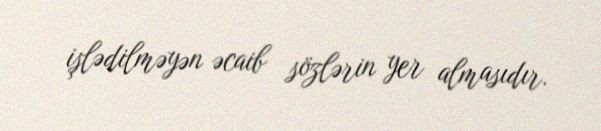
işlədilməyən əcaib sözlərin yer almasıdır.